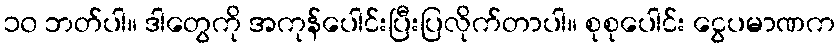
၁၀ ဘတ်ပါ။ ဒါတွေကို အကုန်ပေါင်းပြီးပြလိုက်တာပါ။ စုစုပေါင်း ငွေပမာဏက